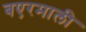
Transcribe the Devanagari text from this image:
बएरमाली